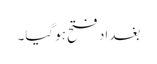
بغداد فتح ہوگیا۔